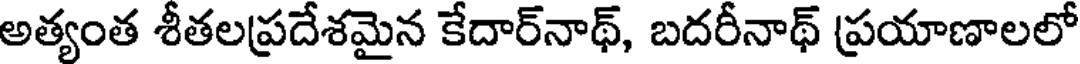
అత్యంత శీతలప్రదేశమైన కేదార్నాథ్, బదరీనాథ్ ప్రయాణాలలో